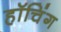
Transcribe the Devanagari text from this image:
हॉचिंग